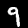
Label: 9